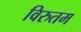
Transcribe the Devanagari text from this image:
विरुतम